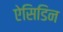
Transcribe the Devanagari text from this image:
ऐसिडिन